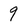
Character: 9